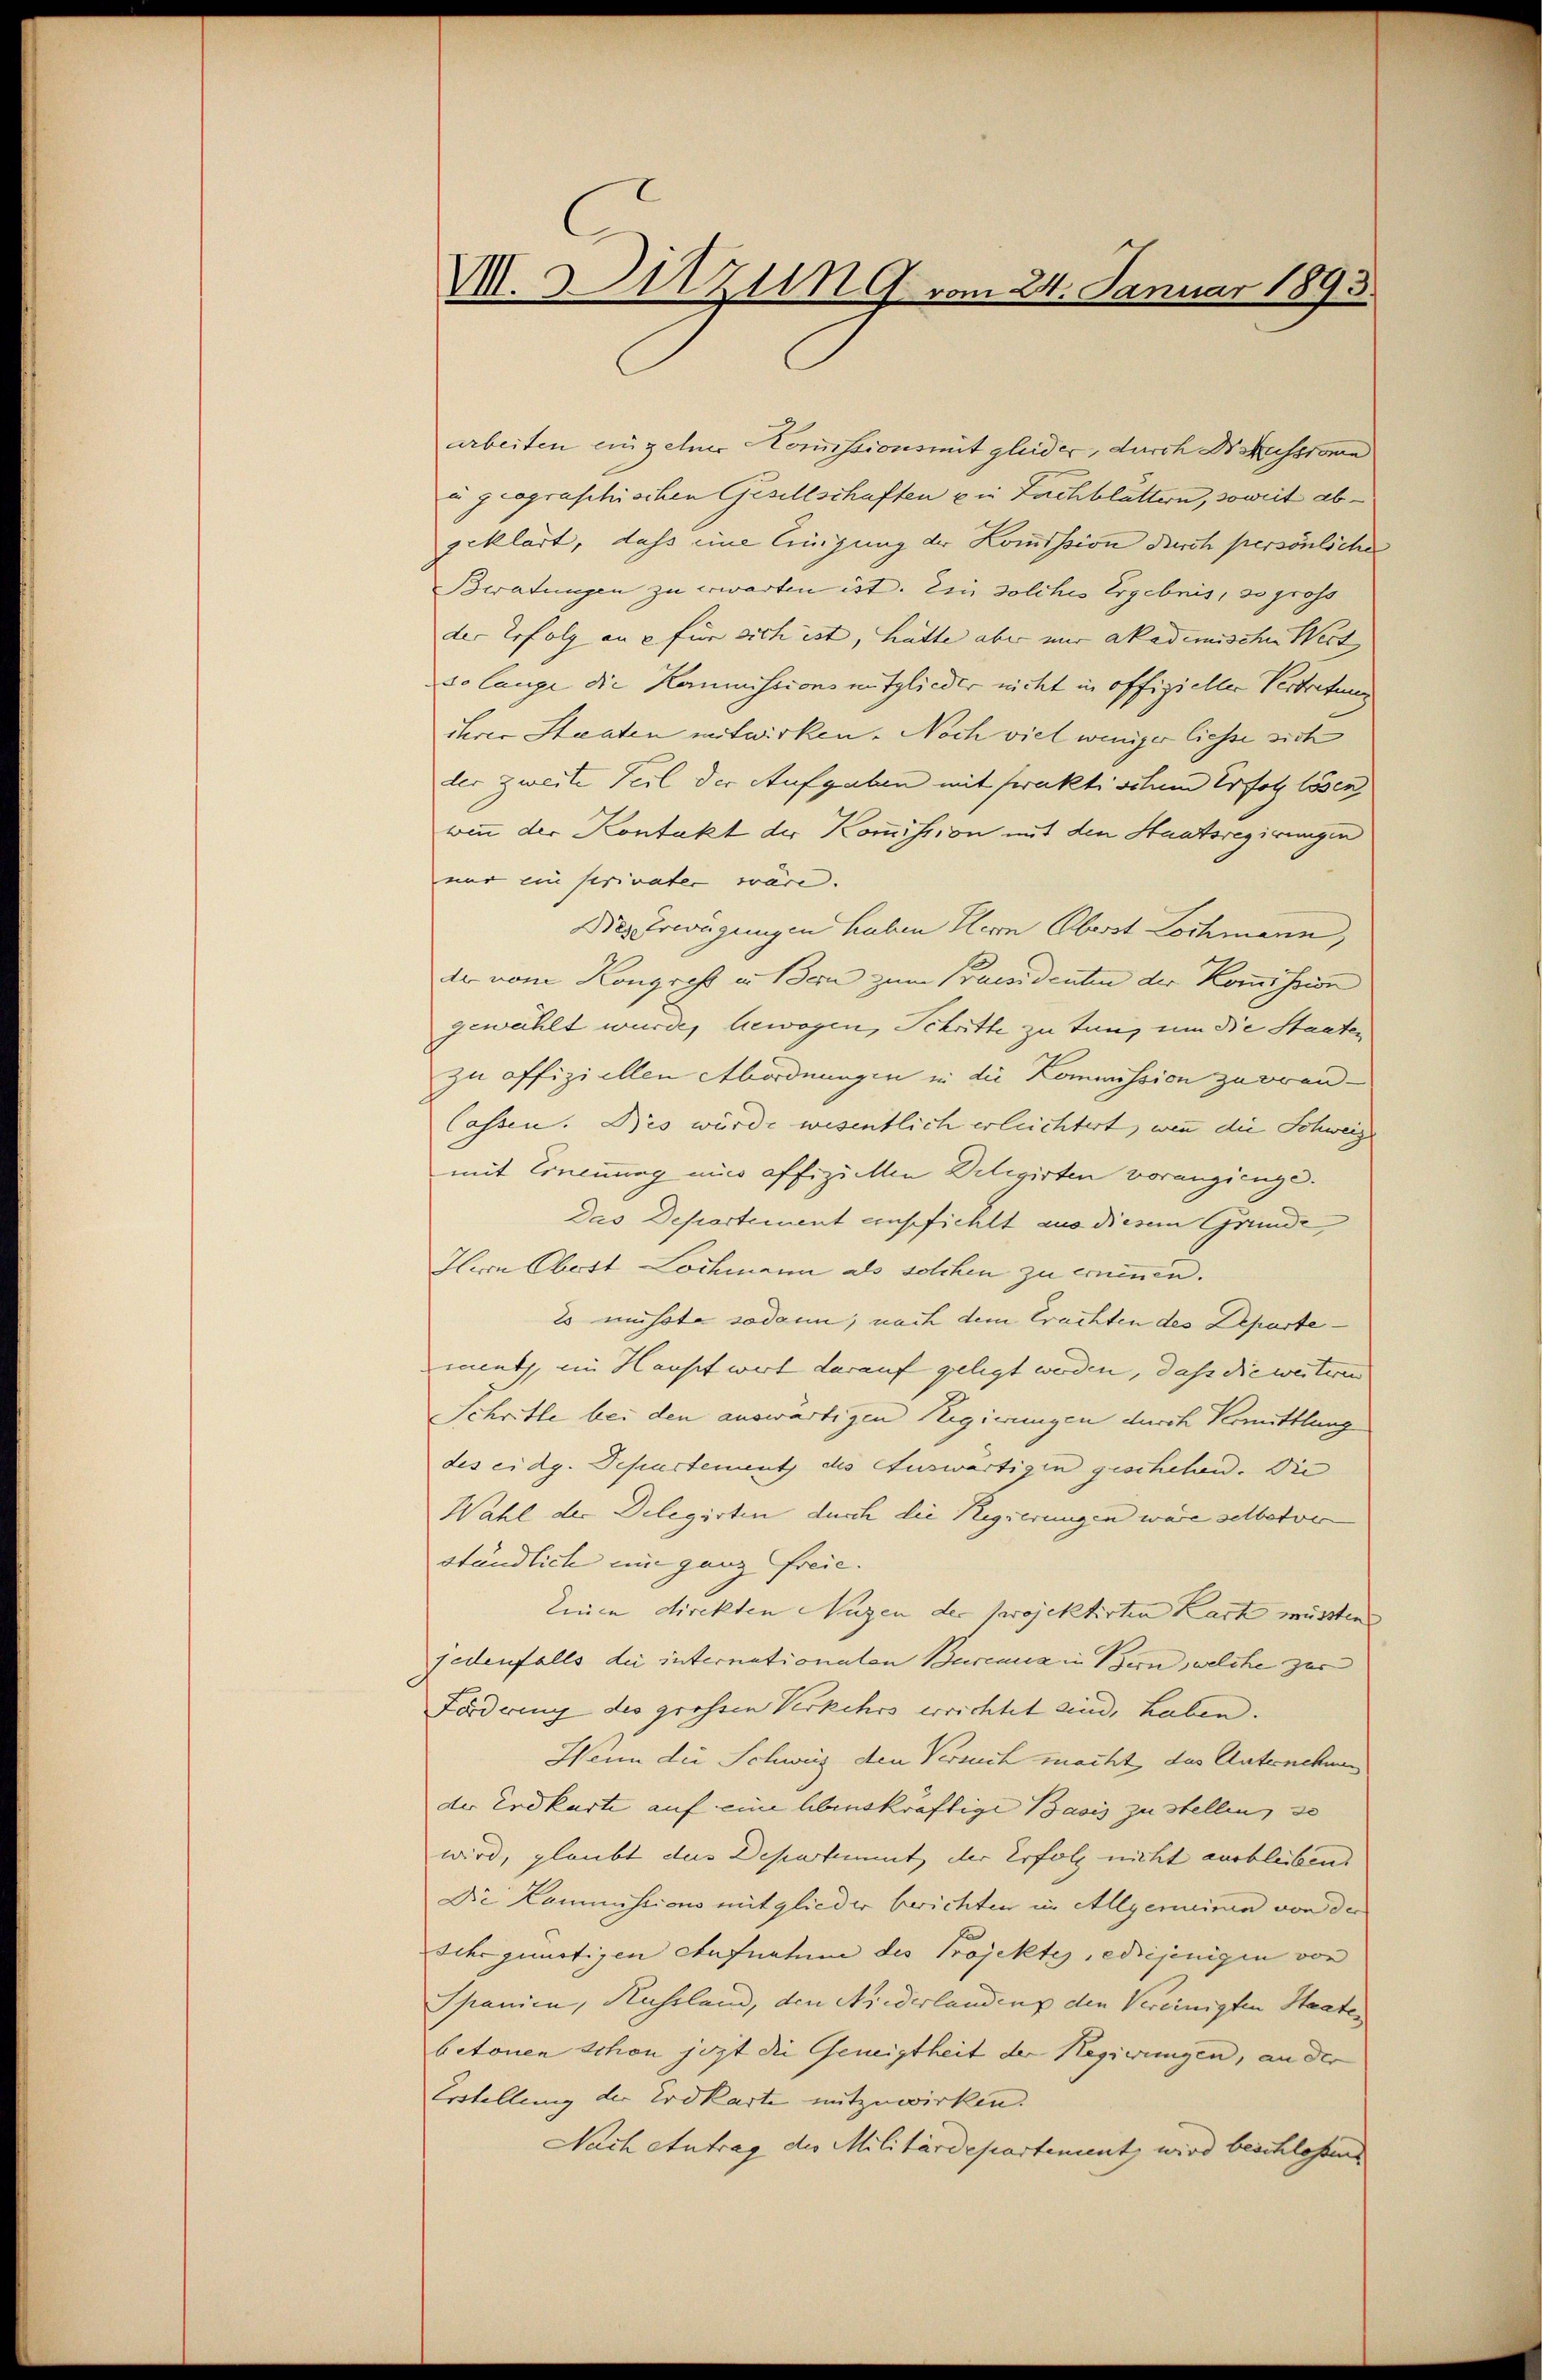
V.Sitzung vom 24. Januar 1893

arbeiten einzelner Komissionsmit gleider, durch Diskussionen
u geograschischen Gesellschaften ein Fachblättern, soweit abgeklärt, dass eine Einigung der Kommission durch persönliche
Beratungen zu erwarten ist. Ein solches Ergebnis, so gross
der Erfolg an e für sich ist, hätte aber nur akademischen Wert
so lange die Kommissionsmitglieder nicht in offizieller Vertretung
ihrer Staaten mitwirken. Noch viel weniger liesse sich
der zweite Teil der Aufgaben mit praktischen Erfolg lösen,
winn der Kontakt der Kommission mit den Staatsregierungen
nur ein serivater wäre.
Die Erwägungen haben Herrn Oberst Lochmann,
de vom Kongress in Bern zum Praesidenten der Kommission
gewählt wurde, bewogen, Schritte zu tun, um die Staaten
zu offiziellen Abordnungen in die Kommission zu Brand¬
Cassen. Des wurde wesentlich erleichtert, wenn die Schweiz
mit Ernennung mir offiziellen Dilegirten vorangienge.
Das Departement empfiehlt aus diesem Grunde
Hern Obott Lochmann als solchen zu ernennen.
2s müsste sodann, nach dem Erachten des Departemuth, im Haupt wert darauf gelegt werden, daß die weiteren |
Schritte bei den auswärtigen Regierungen durch Vermittlung
des eidg. Separtement des Auswärtigen geschehen. Die
Wahl der Delegirten durch die Regierungen wäre selbstve
ständlich im ganz freie.
Einen direkten Nuzen der projektirten Kark müssten
jedenfalls der internationalen Burena in Bern, welche zur
Förderung des grossen Verkehrs errichtet sind, haben.
Wenn die Schweiz den Versuch macht das Unternehmen
der Erdkarte auf eine lebenskräftige Basis zu stellen, so
wird, glaubt das Departement der Erfolg nicht ausbleiben.
Die Kommissions mitglieder berichten in Allgemeinen von der
Sehr günstigen Aufnahm des Projektes, ediejenigen von
Spanien, Russland, den Niederlandenz den Vereinigten Staate
betonen Schon jezt die Geneigtheit der Regierungen, an der
Erstellung der Erdkarte mitzuwirken.
Nach Antrag des Militärdepartement, wird beschlossen